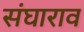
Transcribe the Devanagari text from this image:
संघाराव